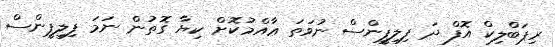
ރިޕަބްލިކް އޮފް ދަ ފިލިޕީންސް ނުވަތަ ޢާއްމުކޮށް ކިޔާ ގޮތުން ނަމަ ފިލިޕީންސް